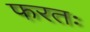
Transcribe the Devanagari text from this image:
फरतः